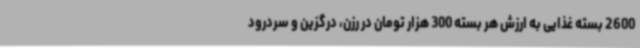
2600 بسته غذایی به ارزش هر بسته 300 هزار تومان در رزن، درگزین و سردرود